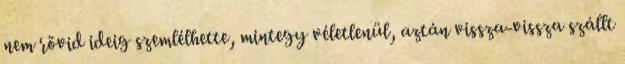
nem rövid ideig szemlélhette, mintegy véletlenül, aztán vissza-vissza szállt